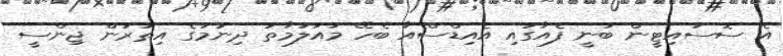
އެ ސޮސައިޓީން ބުނީ ފެއާގައި އެއިޑްސްއާ ބެހޭ މައުލުމާތު ދިނުމުގެ އިތުރުން ޖިންސީ